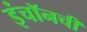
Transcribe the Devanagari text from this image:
इंचॉनची